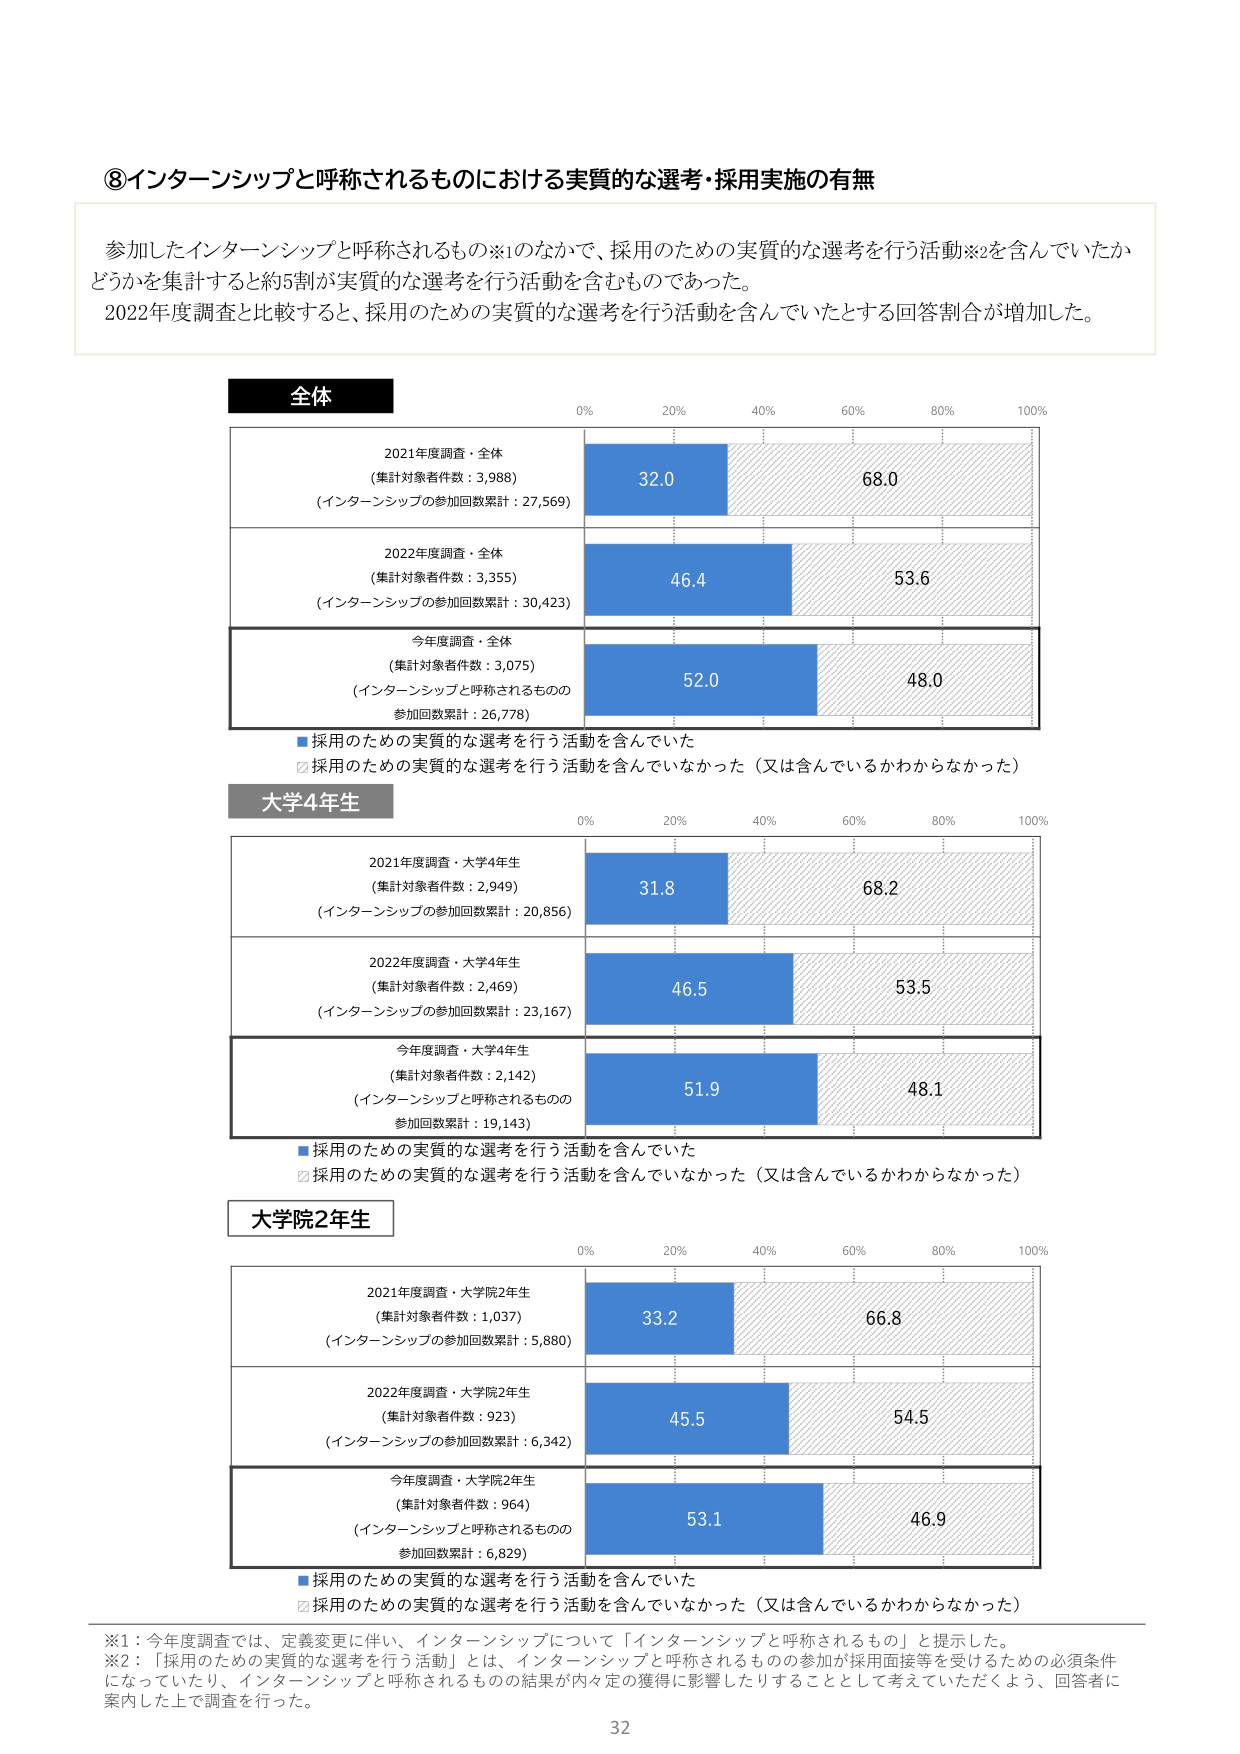
⑧インターンシップと呼称されるものにおける実質的な選考・採用実施の有無

参加したインターンシップと呼称されるもの※1のなかで、採用のための実質的な選考を行う活動※2を含んでいたかどうかを集計すると約5割が実質的な選考を行う活動を含むものであった。
2022年度調査と比較すると、採用のための実質的な選考を行う活動を含んでいたとする回答割合が増加した。

全体
0% 20% 40% 60% 80% 100%
2021年度調査・全体
（集計対象者件数：3,988）
（インターンシップの参加回数累計：27,569）
32.0 68.0
2022年度調査・全体
（集計対象者件数：3,355）
（インターンシップの参加回数累計：30,423）
46.4 53.6
今年度調査・全体
（集計対象者件数：3,075）
（インターンシップと呼称されるものの
参加回数累計：26,778）
52.0 48.0
■採用のための実質的な選考を行う活動を含んでいた
□採用のための実質的な選考を行う活動を含んでいなかった（又は含んでいるかわからなかった）

大学4年生
0% 20% 40% 60% 80% 100%
2021年度調査・大学4年生
（集計対象者件数：2,949）
（インターンシップの参加回数累計：20,856）
31.8 68.2
2022年度調査・大学4年生
（集計対象者件数：2,469）
（インターンシップの参加回数累計：23,167）
46.5 53.5
今年度調査・大学4年生
（集計対象者件数：2,142）
（インターンシップと呼称されるものの
参加回数累計：19,143）
51.9 48.1
■採用のための実質的な選考を行う活動を含んでいた
□採用のための実質的な選考を行う活動を含んでいなかった（又は含んでいるかわからなかった）

大学院2年生
0% 20% 40% 60% 80% 100%
2021年度調査・大学院2年生
（集計対象者件数：1,037）
（インターンシップの参加回数累計：5,880）
33.2 66.8
2022年度調査・大学院2年生
（集計対象者件数：923）
（インターンシップの参加回数累計：6,342）
45.5 54.5
今年度調査・大学院2年生
（集計対象者件数：964）
（インターンシップと呼称されるものの
参加回数累計：6,829）
53.1 46.9
■採用のための実質的な選考を行う活動を含んでいた
□採用のための実質的な選考を行う活動を含んでいなかった（又は含んでいるかわからなかった）

※1：今年度調査では、定義変更に伴い、インターンシップについて「インターンシップと呼称されるもの」と提示した。
※2：「採用のための実質的な選考を行う活動」とは、インターンシップと呼称されるものの参加が採用面接等を受けるための必須条件になっていたり、インターンシップと呼称されるものの結果が内々定の獲得に影響したりすることとして考えていただくよう、回答者に案内した上で調査を行った。

32